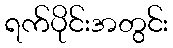
ရက်ပိုင်းအတွင်း